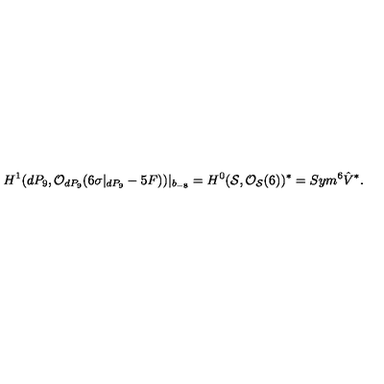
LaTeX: H ^ { 1 } ( d P _ { 9 } , { \cal O } _ { d P _ { 9 } } ( 6 \sigma | _ { d P _ { 9 } } - 5 F ) ) | _ { b _ { - 8 } } = H ^ { 0 } ( { \cal S } , { \cal O } _ { { \cal S } } ( 6 ) ) ^ { * } = S y m ^ { 6 } \hat { V } ^ { * } .